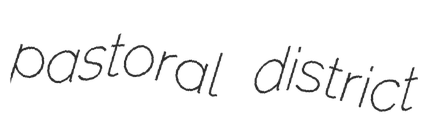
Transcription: pastoral district